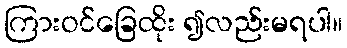
ကြားဝင်ခြေထိုး ၍လည်းမရပါ။